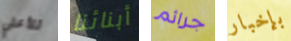
للأعلي أبنائنا جرائم بإخبار